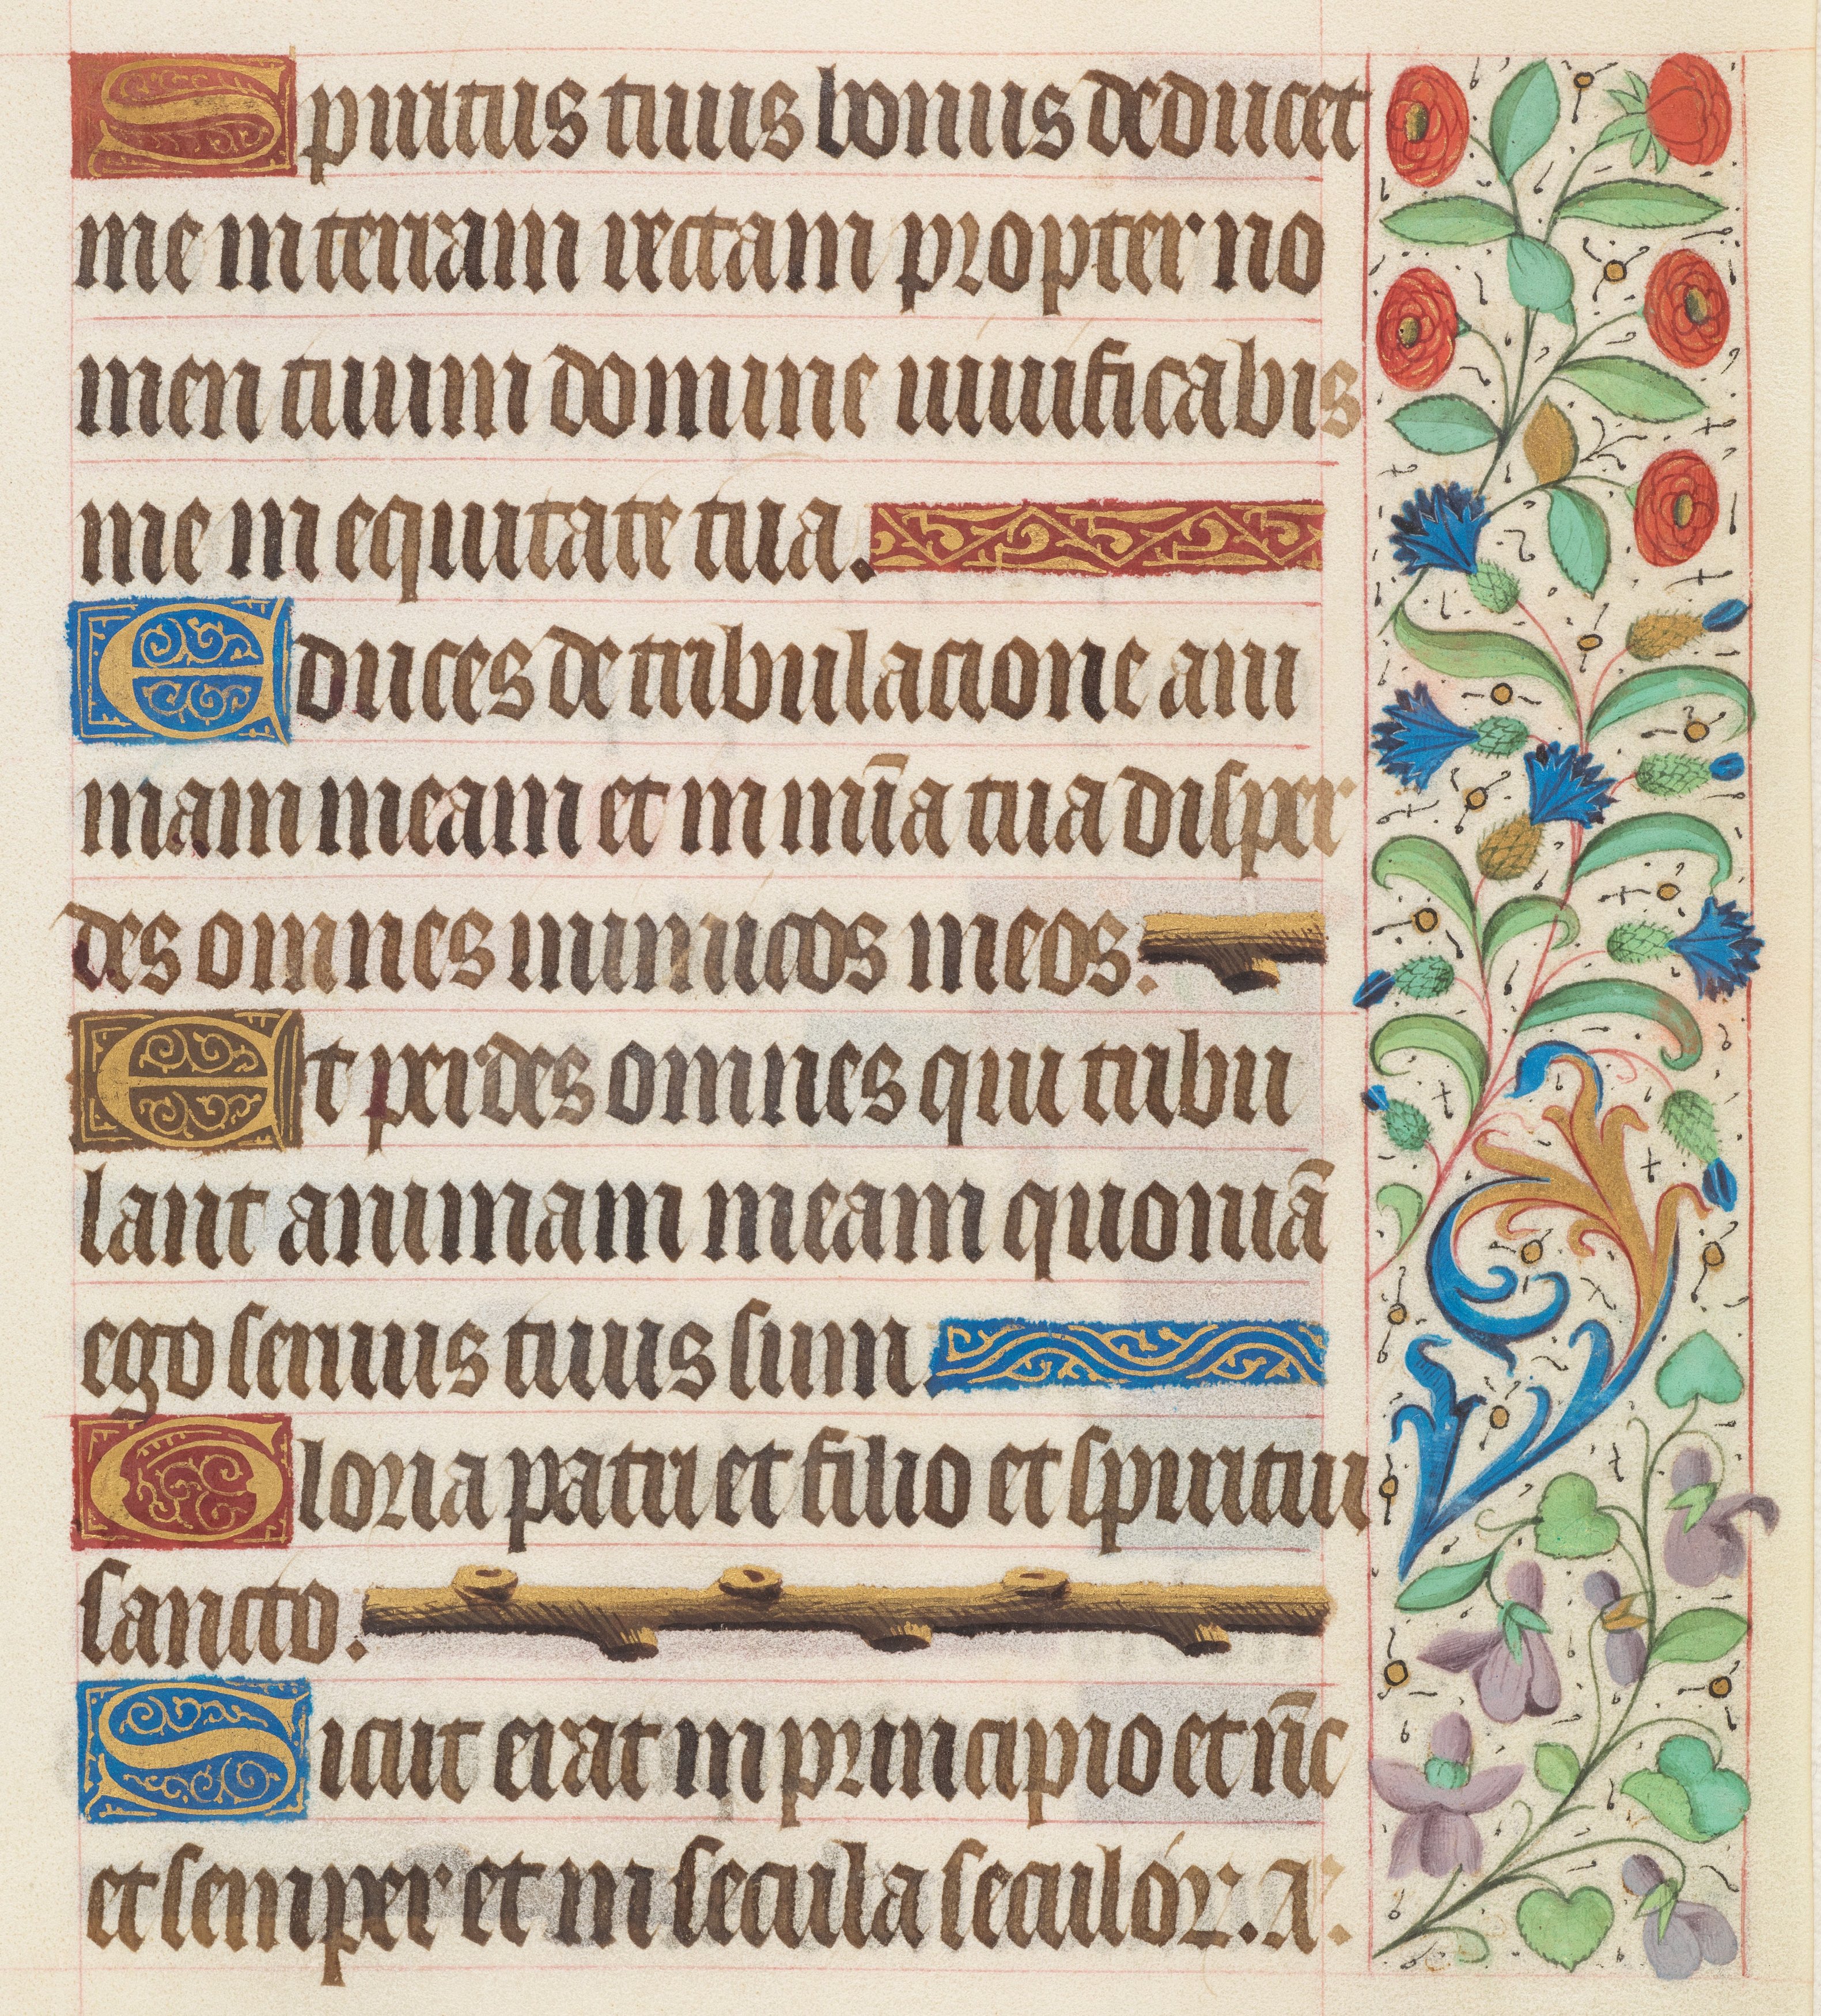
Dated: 1425–1449